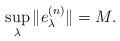
LaTeX: \begin{align*}\sup_\lambda \|e^{(n)}_\lambda\|=M.\end{align*}